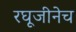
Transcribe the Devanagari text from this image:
रघूजीनेच